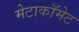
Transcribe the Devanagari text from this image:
मेटाकॉमेट